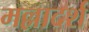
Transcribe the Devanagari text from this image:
मल्लादर्श